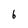
Character: 6